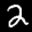
Label: 2